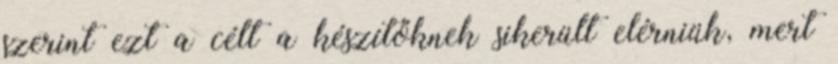
szerint ezt a célt a készítőknek sikerült elérniük, mert